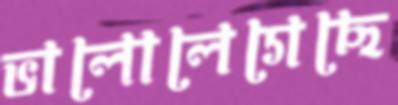
ভালোলেগেছে